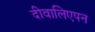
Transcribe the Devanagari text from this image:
दीवालिएपन